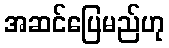
အဆင်ပြေမည်ဟု